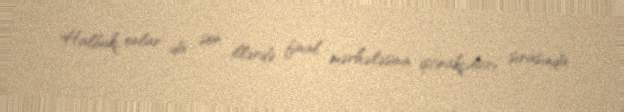
Halbuki, onlar da son illərdə final mərhələsinin iştirakçıları sırasında